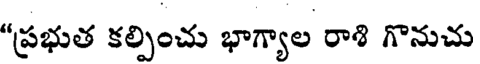
"ప్రభుత కల్పించు భాగ్యాల రాశి గొనుచు